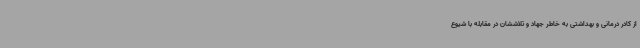
از کادر درمانی و بهداشتی به خاطر جهاد و تلاششان در مقابله با شیوع